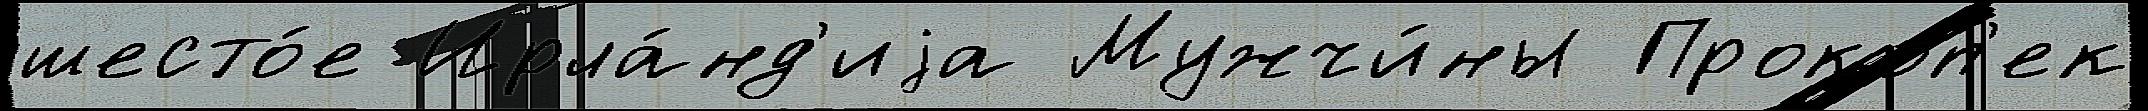
шесто́е Ирла́нд'иjа Мужчи́ны Прокоп'ек